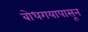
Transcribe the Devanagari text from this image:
बोधगयापासून